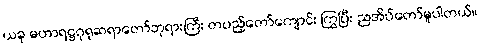
ယခု မဟာရဋ္ဌဂုရုဆရာတော်ဘုရားကြီး တပည့်တော်ကျောင်း ကြွပြီး ညအိပ်တော်မူပါတယ်။